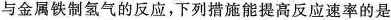
与金属铁制氢气的反应，下列措施能提高反应速率的是